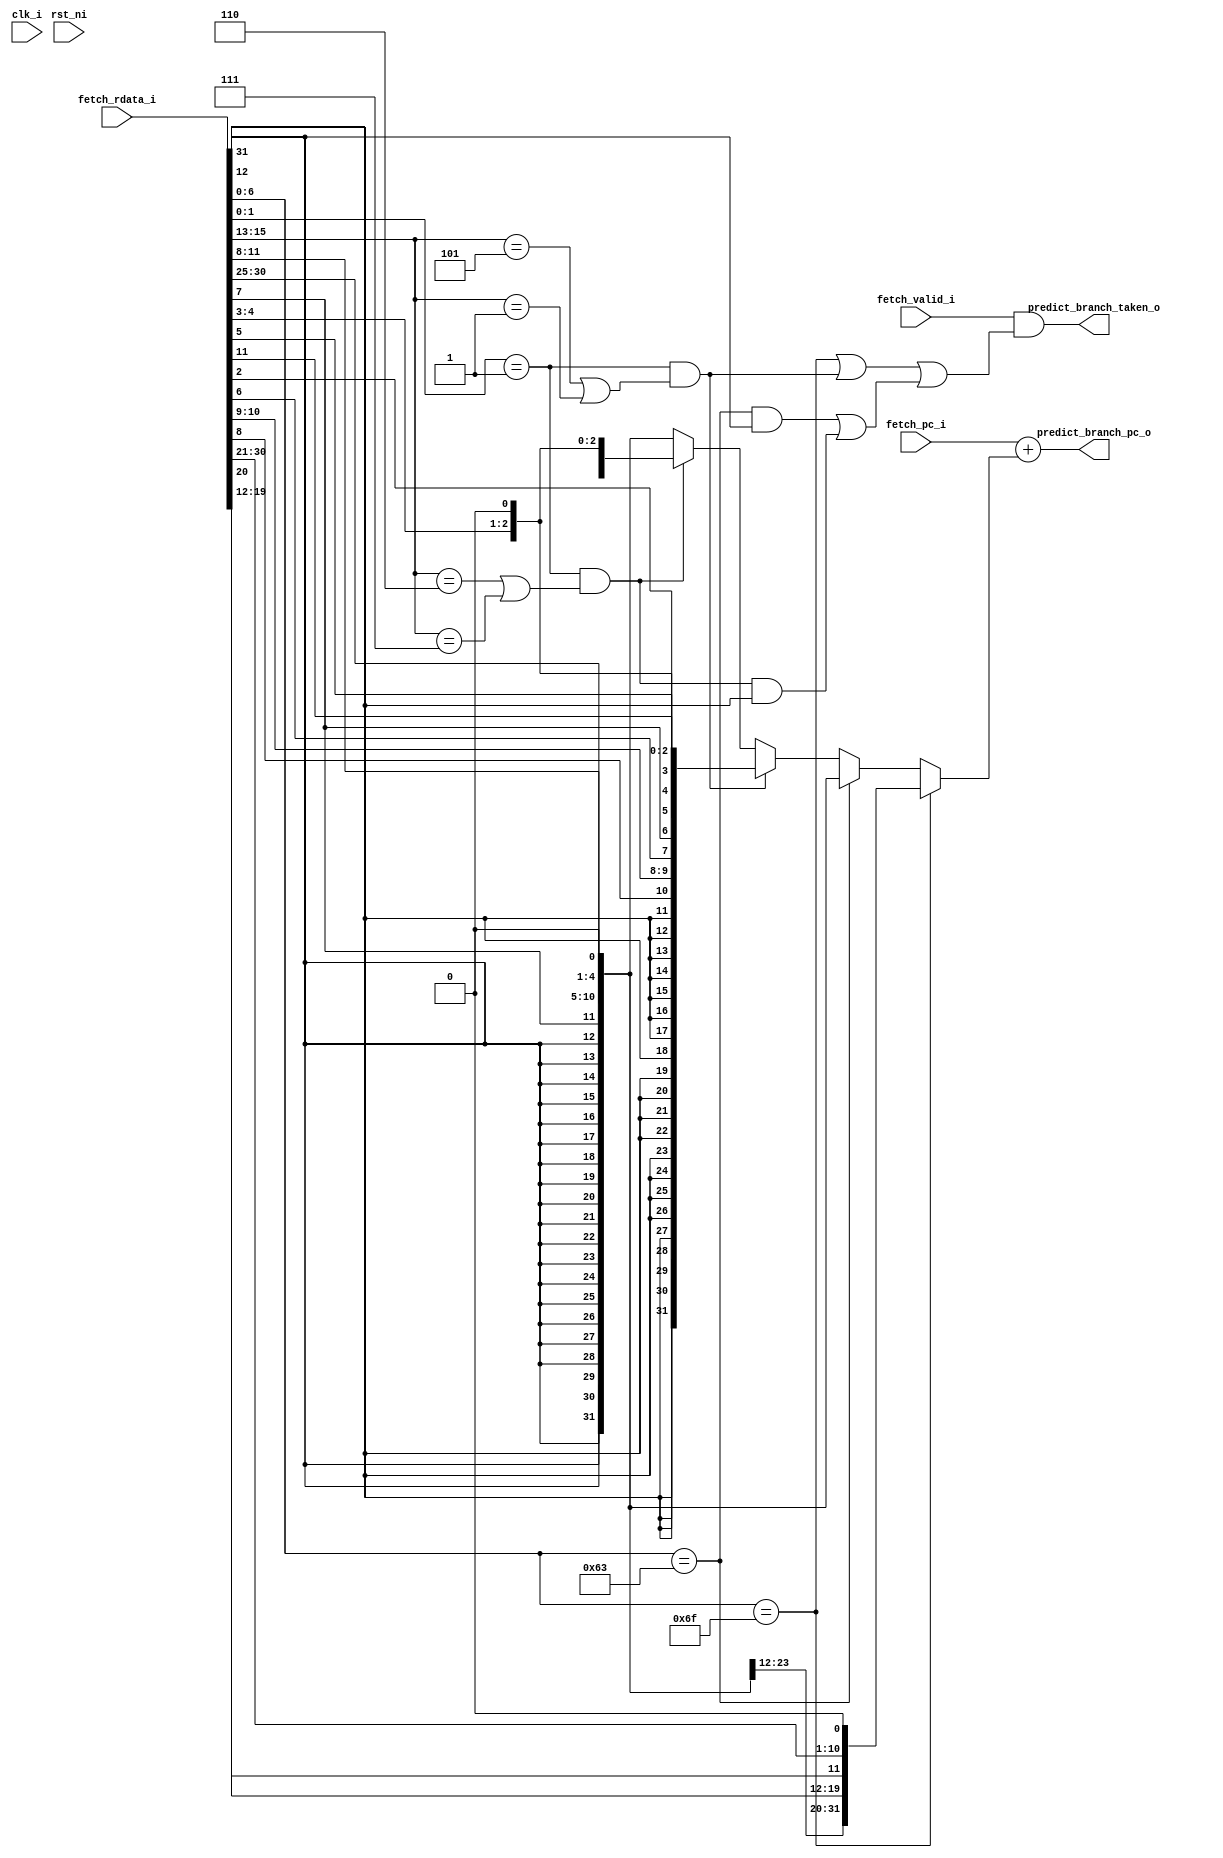
module ibex_branch_predict (
	clk_i,
	rst_ni,
	fetch_rdata_i,
	fetch_pc_i,
	fetch_valid_i,
	predict_branch_taken_o,
	predict_branch_pc_o
);
	input wire clk_i;
	input wire rst_ni;
	input wire [31:0] fetch_rdata_i;
	input wire [31:0] fetch_pc_i;
	input wire fetch_valid_i;
	output wire predict_branch_taken_o;
	output wire [31:0] predict_branch_pc_o;
	wire [31:0] imm_j_type;
	wire [31:0] imm_b_type;
	wire [31:0] imm_cj_type;
	wire [31:0] imm_cb_type;
	reg [31:0] branch_imm;
	wire [31:0] instr;
	wire instr_j;
	wire instr_b;
	wire instr_cj;
	wire instr_cb;
	wire instr_b_taken;
	assign instr = fetch_rdata_i;
	assign imm_j_type = {{12 {instr[31]}}, instr[19:12], instr[20], instr[30:21], 1'b0};
	assign imm_b_type = {{19 {instr[31]}}, instr[31], instr[7], instr[30:25], instr[11:8], 1'b0};
	assign imm_cj_type = {{20 {instr[12]}}, instr[12], instr[8], instr[10:9], instr[6], instr[7], instr[2], instr[11], instr[5:3], 1'b0};
	assign imm_cb_type = {{23 {instr[12]}}, instr[12], instr[6:5], instr[2], instr[11:10], instr[4:3], 1'b0};
	localparam [6:0] ibex_pkg_OPCODE_BRANCH = 7'h63;
	assign instr_b = instr[6:0] == ibex_pkg_OPCODE_BRANCH;
	localparam [6:0] ibex_pkg_OPCODE_JAL = 7'h6f;
	assign instr_j = instr[6:0] == ibex_pkg_OPCODE_JAL;
	assign instr_cb = (instr[1:0] == 2'b01) & ((instr[15:13] == 3'b110) | (instr[15:13] == 3'b111));
	assign instr_cj = (instr[1:0] == 2'b01) & ((instr[15:13] == 3'b101) | (instr[15:13] == 3'b001));
	always @(*) begin
		branch_imm = imm_b_type;
		case (1'b1)
			instr_j: branch_imm = imm_j_type;
			instr_b: branch_imm = imm_b_type;
			instr_cj: branch_imm = imm_cj_type;
			instr_cb: branch_imm = imm_cb_type;
			default:
				;
		endcase
	end
	assign instr_b_taken = (instr_b & imm_b_type[31]) | (instr_cb & imm_cb_type[31]);
	assign predict_branch_taken_o = fetch_valid_i & ((instr_j | instr_cj) | instr_b_taken);
	assign predict_branch_pc_o = fetch_pc_i + branch_imm;
endmodule